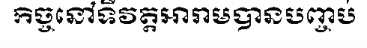
កិច្ចនៅទីវត្តអារាមបានបញ្ចប់